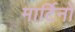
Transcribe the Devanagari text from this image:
मार्टिनों